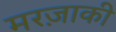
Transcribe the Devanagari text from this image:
मरज़ाकी